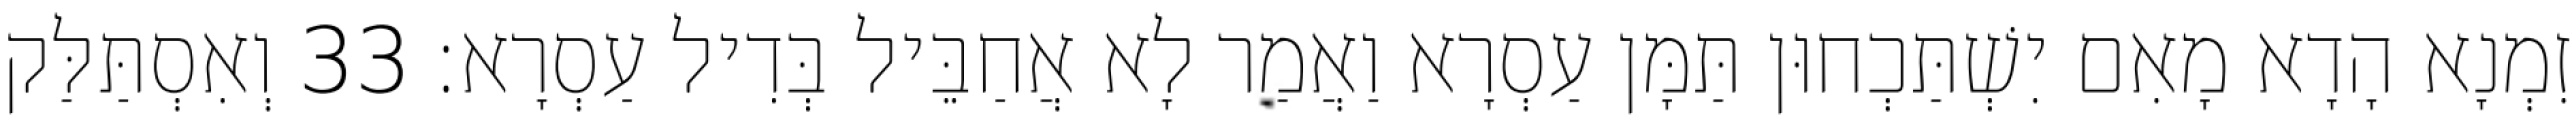
זִמְנָא הָדָא מָאִם יִשְׁתַּכְחוּן תַּמָּן עַסְרָא וַאֲמַר לָא אֲחַבֵּיל בְּדִיל עַסְרָא׃ 33 וְאִסְתַּלַּק